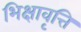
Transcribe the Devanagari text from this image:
भिक्षावृत्ति